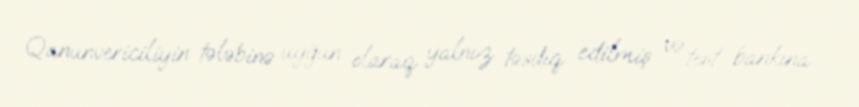
Qanunvericiliyin tələbinə uyğun olaraq yalnız təsdiq edilmiş və test bankına